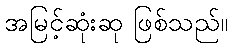
အမြင့်ဆုံးဆု ဖြစ်သည်။